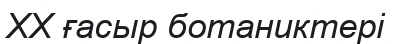
XX ғасыр ботаниктері